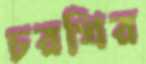
চরখির